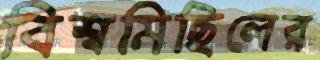
বিশ্বমিছিলের